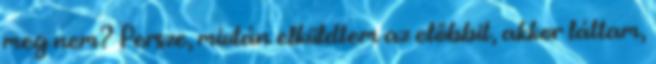
meg nem? Persze, miután elküldtem az előbbit, akkor láttam,